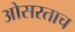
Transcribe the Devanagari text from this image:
ओसरताच